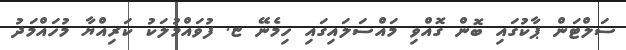
ސަލްޓަން ޕާކުގައި ބޮން ގޮއްވި މައްސަލައިގައި ހިމެނޭ ޏ. ފުވައްމުލަކު ކަރިއްޔާ މުހައްމަދު